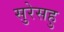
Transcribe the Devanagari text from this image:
सुरेसहु